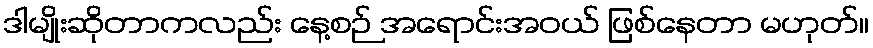
ဒါမျိုးဆိုတာကလည်း နေ့စဉ် အရောင်းအဝယ် ဖြစ်နေတာ မဟုတ်။